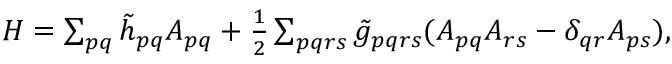
\begin{array} { r } { H = \sum _ { p q } \tilde { h } _ { p q } A _ { p q } + \frac { 1 } { 2 } \sum _ { p q r s } \tilde { g } _ { p q r s } ( A _ { p q } A _ { r s } - \delta _ { q r } A _ { p s } ) , } \end{array}